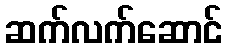
ဆက်လက်ဆောင်